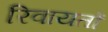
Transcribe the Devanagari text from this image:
रिवायतों